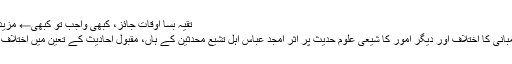
تقیہ بسا اوقات جائز، کبھی واجب تو کبھی← مزید پڑھیے
تسامح، مبانی کا اختلاف اور دیگر امور کا شیعی علومِ حدیث پر اثر امجد عباس اہل تشیع محدثین کے ہاں، مقبول احادیث کے تعین میں اختلاف رہا ہے۔